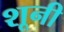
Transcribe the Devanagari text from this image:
शूनी